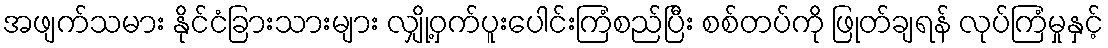
အဖျက်သမား နိုင်ငံခြားသားများ လျှို့ဝှက်ပူးပေါင်းကြံစည်ပြီး စစ်တပ်ကို ဖြုတ်ချရန် လုပ်ကြံမှုနှင့်